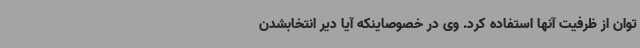
توان از ظرفیت آنها استفاده کرد. وی در خصوصاینکه آیا دیر انتخابشدن